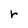
Character: r